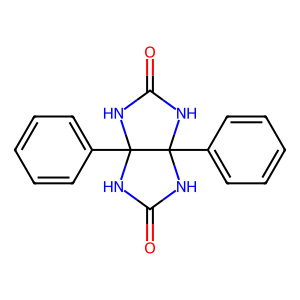
SMILES: O=C1NC2(c3ccccc3)NC(=O)NC2(c2ccccc2)N1
Inhibits HIV replication: No